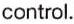
control.